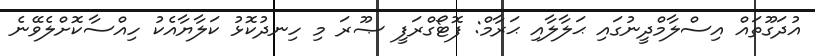
އުދަގޫތައް އިސްލާމްދީނުގައި ޙަލާލާއި ޙަރާމް: ފޮޓޯގްރަފީ ޞޫރަ މި ހިނދުކޮޅު ކަލާޔާއެކު ހިއްސާކޮށްލެވޭނެ